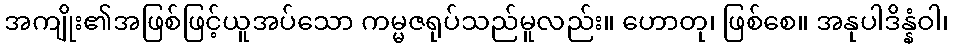
အကျိုး၏အဖြစ်ဖြင့်ယူအပ်သော ကမ္မဇရုပ်သည်မူလည်း။ ဟောတု၊ ဖြစ်စေ။ အနုပါဒိန္နံဝါ၊